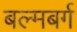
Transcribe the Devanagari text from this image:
बल्मबर्ग